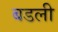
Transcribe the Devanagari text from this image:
बडली